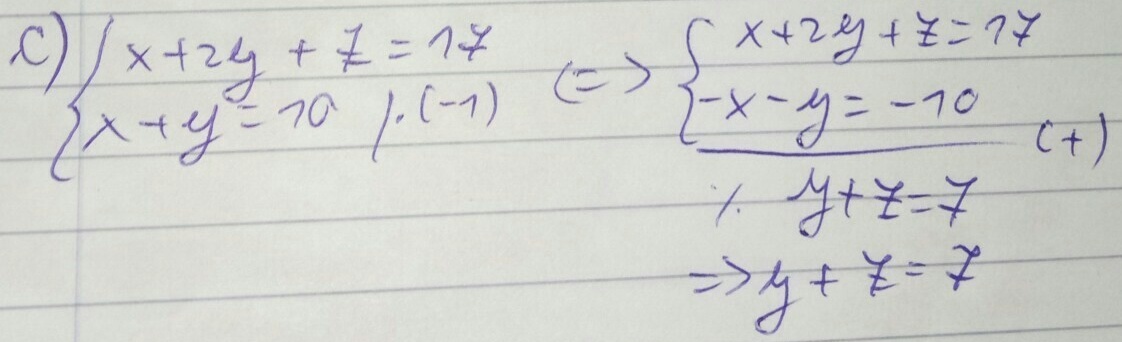
c) \(\begin{cases}x + 2y+z = 17 \\ x + y= 10 \end{cases}\cdot(-1)\Leftrightarrow\begin{cases}x + 2y+z = 17 \\ -x - y=- 10 \\+\end{cases}\)
\(\hline y + z=7\)
\(\Rightarrow y + z=7\)